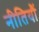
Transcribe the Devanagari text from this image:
नीतियौं